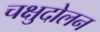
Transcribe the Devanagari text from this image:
चक्षुदोलन